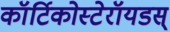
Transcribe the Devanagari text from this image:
कॉर्टिकोस्टेरॉयडस्